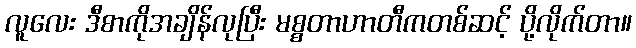
လူလေး ဒီစာကိုအချိန်လုပြီး မစ္စတာဟာတီကတစ်ဆင့် ပို့လိုက်တာ။